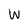
Character: W